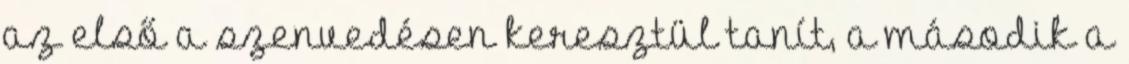
az első a szenvedésen keresztül tanít, a második a